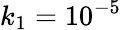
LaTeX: k_{1}=10^{-5}